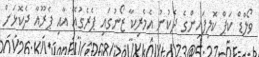
ވޯލްޑް ކަޕް ކޮލިފައިންގެ ދެކުނު އެމެރިކާ ޒޯނުގައި ޕެރެގުއޭ އާއި ޕެރޫއާ ދެކޮޅަށް